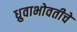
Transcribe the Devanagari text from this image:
ध्रुवाभोवतीचे